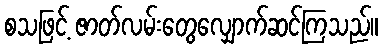
စသဖြင့် ဇာတ်လမ်းတွေလျှောက်ဆင်ကြသည်။